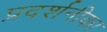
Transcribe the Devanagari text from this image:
प्रदर्शनीका